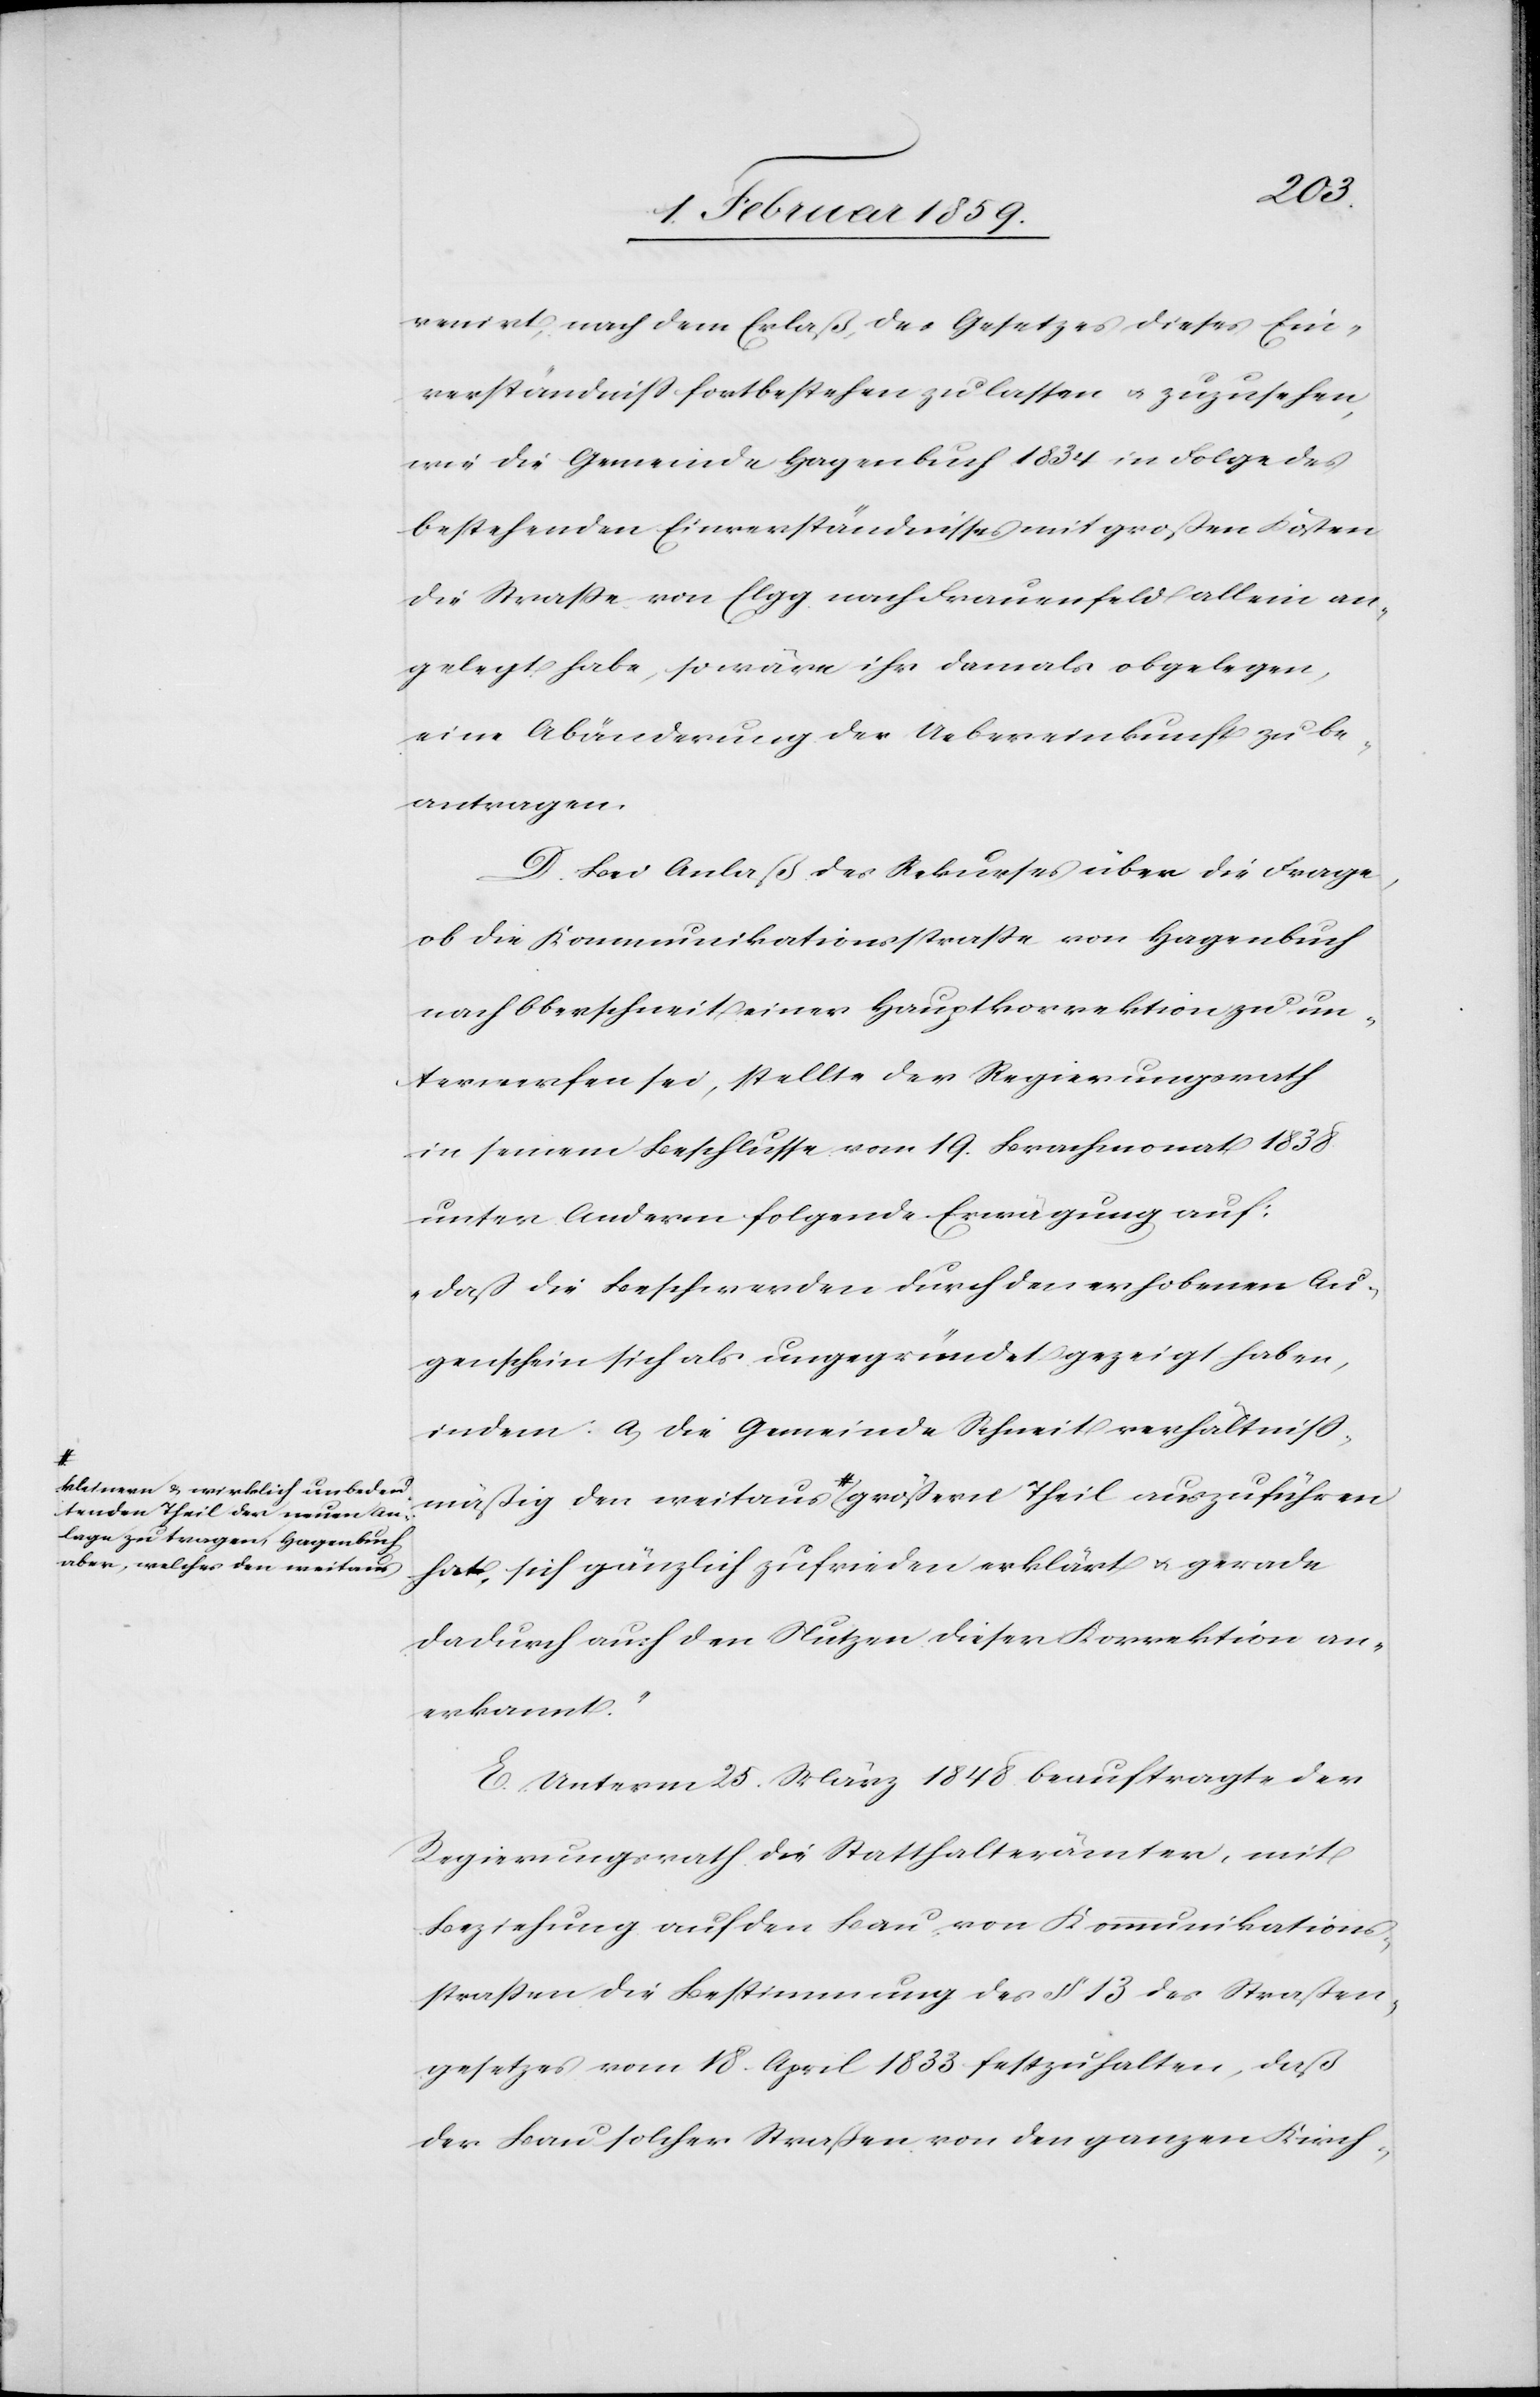
kleineren u. wirklich unbedeu¬
tenden Theil der neuen Aus¬
lage zu tragen, Hagenbuch
aber, welches den weitaus

Theil
venirt, nach dem Erlaß des Gesetzes dieses Ein¬
verständniß fortbestehen zu lassen u. zuzusehen,
wie die Gemeinde Hagenbuch 1834 in Folge des
bestehenden Einverständnisses mit großen Kosten
die Straße von Elgg nach Frauenfeld allein an¬
gelegt habe, so wäre ihr damals obgelegen,
eine Abänderung der Uebereinkunft zu be¬
antragen.
D. Bei Anlaß des Rekurses über die Frage,
ob die Kommunikationsstraße von Hagenbuch
nach Oberschneit einer Hauptkorrektion zu un¬
terwerfen sei, stellte der Regierungsrath
in seinem Beschlusse vom 19. Brachmonat 1838
unter Anderm folgende Erwägung auf:
„daß die Beschwerden durch den erhobenen Au¬
genschein sich als ungegründet gezeigt haben,
indem: a, die Gemeinde Schneit verhältniß¬
hat, sich gänzlich zufrieden erklärt u. gerade
dadurch auch den Nutzen dieser Korrektion an¬
erkannt.“
E. Unterm 25. März 1848 beauftragte der
Regierungsrath die Statthalterämter, mit
Beziehung auf den Bau von Kommunikations¬
straßen die Bestimmung des § 13 des Straßen¬
gesetzes vom 18. April 1833 festzuhalten, daß
der Bau solcher Straßen von den ganzen Kirch-